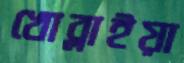
খোব্‌লাইয়া